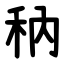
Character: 䄲